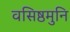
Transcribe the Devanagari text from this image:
वसिष्ठमुनि